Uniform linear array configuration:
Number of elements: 8
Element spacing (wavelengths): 1
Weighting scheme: binomial
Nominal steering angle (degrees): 30
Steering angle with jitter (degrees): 31.552
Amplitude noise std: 0.05
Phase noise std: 0.05

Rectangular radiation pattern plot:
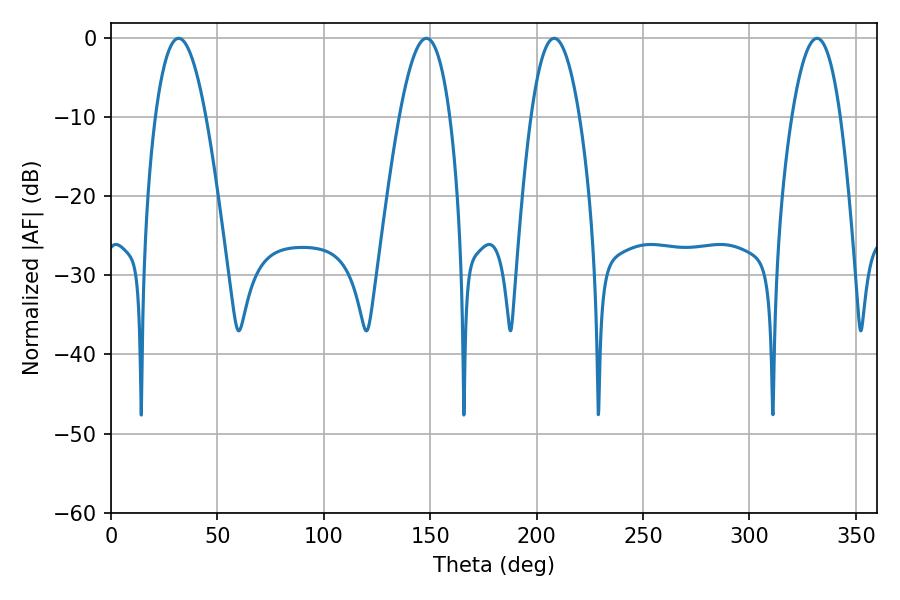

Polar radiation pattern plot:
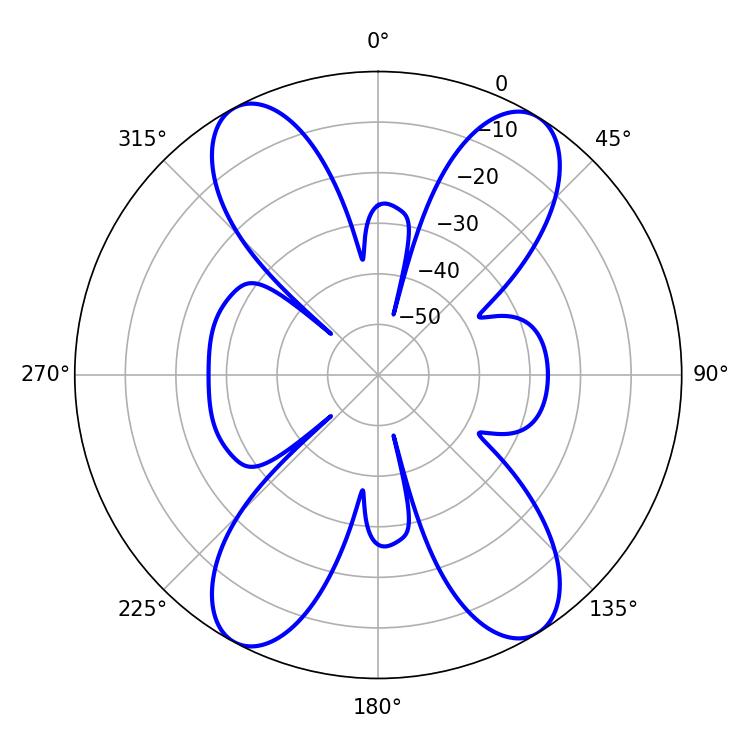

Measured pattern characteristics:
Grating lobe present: TRUE
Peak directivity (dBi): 17.418
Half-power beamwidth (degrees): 12.6
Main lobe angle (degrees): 331.74